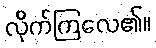
လိုက်ကြလေ၏။